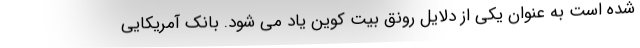
شده است به عنوان یکی از دلایل رونق بیت کوین یاد می شود. بانک آمریکایی